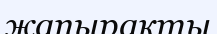
жапырақты